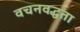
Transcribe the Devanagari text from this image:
वचनवद्धता